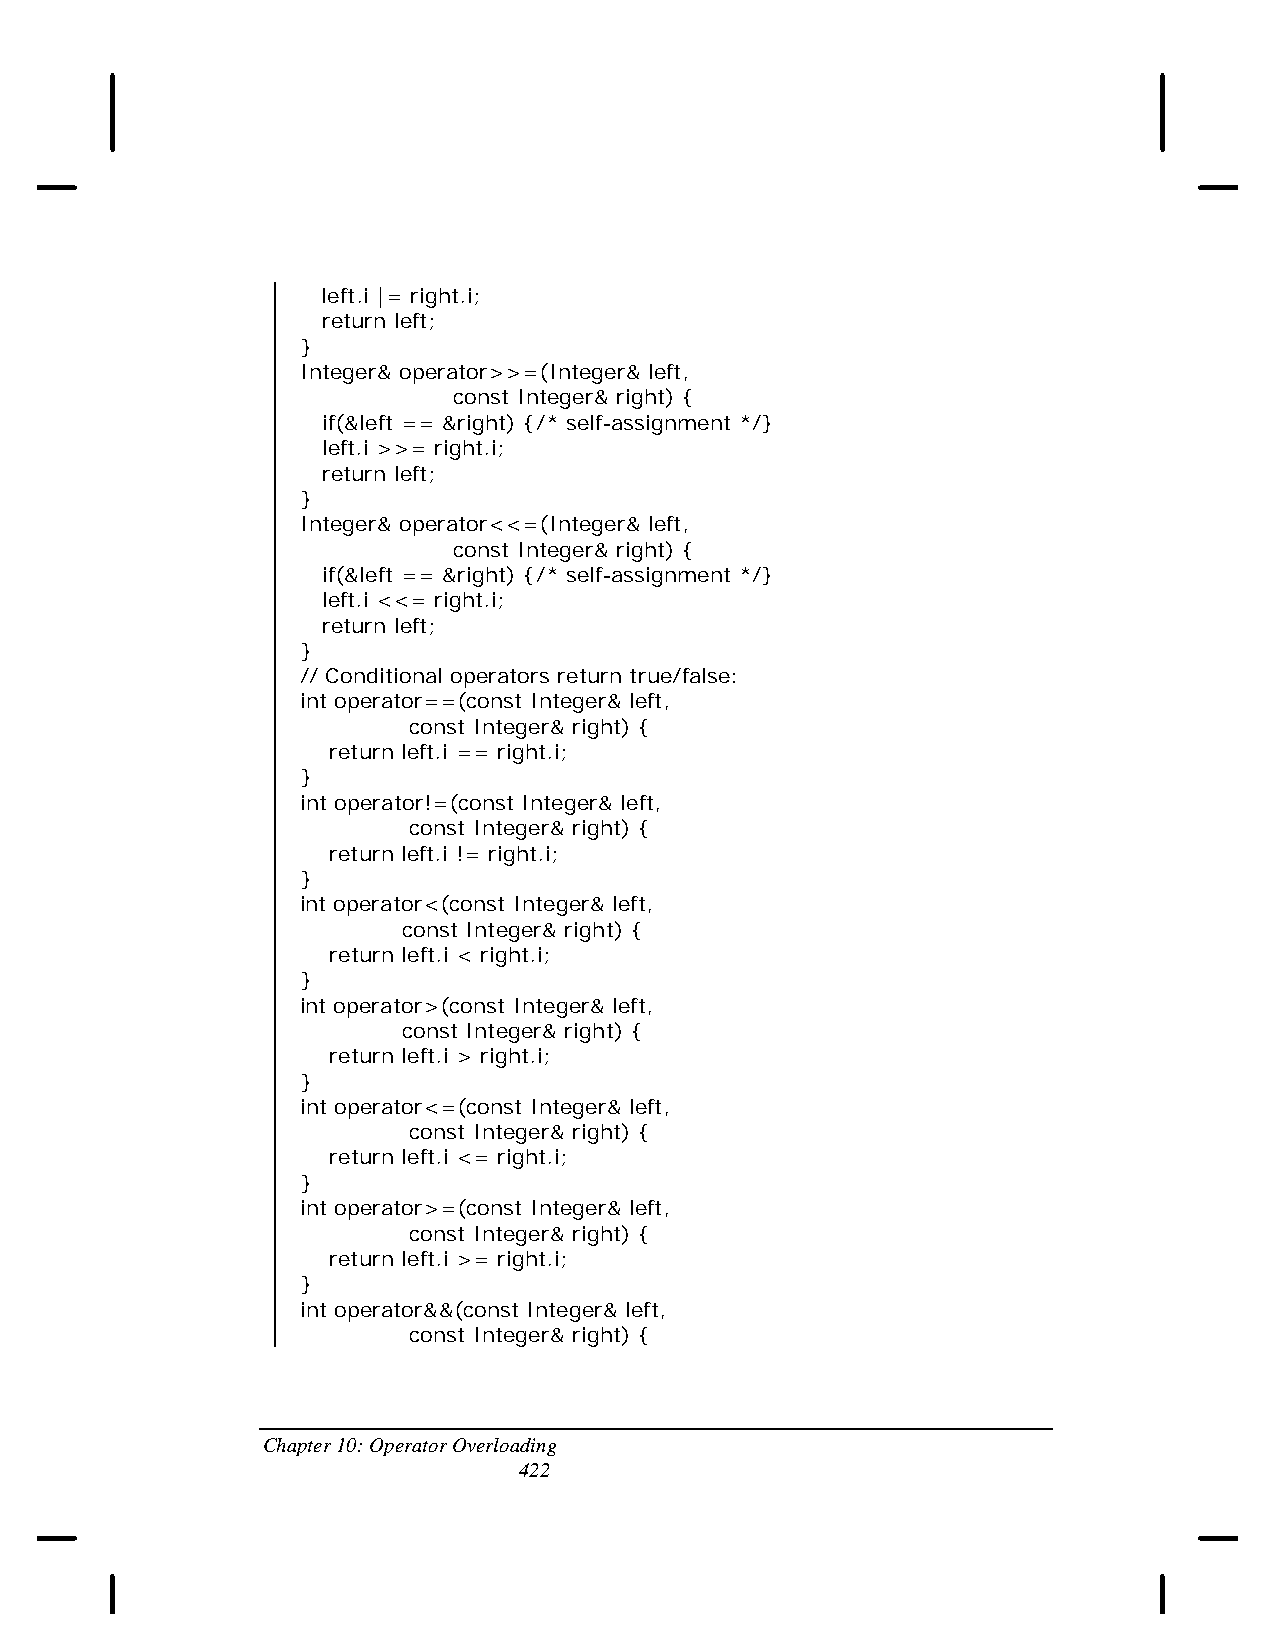
left.i |= right.i;
 return left;
 }
 Integer& operator>>=(Integer& left,
 const Integer& right) {
 if(&left == &right) {/* self-assignment */}
 left.i >>= right.i;
 return left;
 }
 Integer& operator<<=(Integer& left,
 const Integer& right) {
 if(&left == &right) {/* self-assignment */}
 left.i <<= right.i;
 return left;
 }
 // Conditional operators return true/false:
 int operator==(const Integer& left,
 const Integer& right) {
 return left.i == right.i;
 }
 int operator!=(const Integer& left,
 const Integer& right) {
 return left.i != right.i;
 }
 int operator<(const Integer& left,
 const Integer& right) {
 return left.i < right.i;
 }
 int operator>(const Integer& left,
 const Integer& right) {
 return left.i > right.i;
 }
 int operator<=(const Integer& left,
 const Integer& right) {
 return left.i <= right.i;
 }
 int operator>=(const Integer& left,
 const Integer& right) {
 return left.i >= right.i;
 }
 int operator&&(const Integer& left,
 const Integer& right) {
 Chapter 10: Operator Overloading
 422